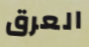
العرق